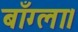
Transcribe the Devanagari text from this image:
बाँग्ला।